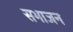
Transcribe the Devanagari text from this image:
सभाजन